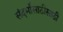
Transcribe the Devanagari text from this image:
संदर्भांसाठीसाठी